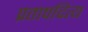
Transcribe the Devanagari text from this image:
प्रतापदित्य